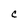
Character: C